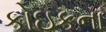
કોઇકના